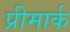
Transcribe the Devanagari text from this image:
प्रीमार्क